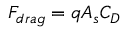
F _ { d r a g } = q A _ { s } C _ { D }